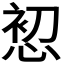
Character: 𭝘